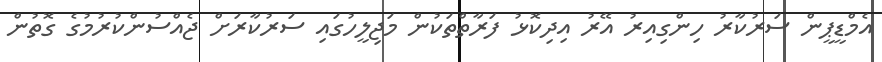
އެމްޑީޕީން ސަރުކާރު ހިންގިއިރު އޭރު އިދިކޮޅު ފަރާތްތަކުން މަޖިލީހުގައި ސަރުކާރަށް ޖެއްސުންކުރުމުގެ ގޮތުން